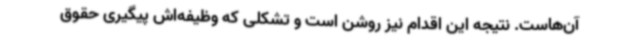
آن‌هاست. نتیجه این اقدام نیز روشن است و تشکلی که وظیفه‌اش پیگیری حقوق